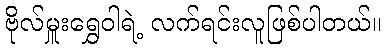
ဗိုလ်မှူးရွှေဝါရဲ့ လက်ရင်းလူဖြစ်ပါတယ်။